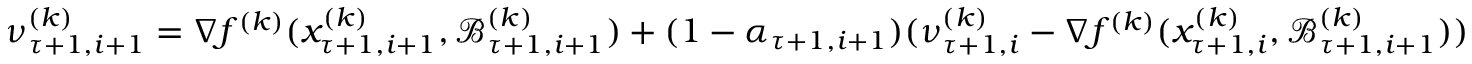
\begin{array} { r l } & { \nu _ { \tau + 1 , i + 1 } ^ { ( k ) } = \nabla f ^ { ( k ) } ( x _ { \tau + 1 , i + 1 } ^ { ( k ) } , \mathcal { \mathcal { B } } _ { \tau + 1 , i + 1 } ^ { ( k ) } ) + ( 1 - \alpha _ { \tau + 1 , i + 1 } ) ( \nu _ { \tau + 1 , i } ^ { ( k ) } - \nabla f ^ { ( k ) } ( x _ { \tau + 1 , i } ^ { ( k ) } , \mathcal { \mathcal { B } } _ { \tau + 1 , i + 1 } ^ { ( k ) } ) ) } \end{array}